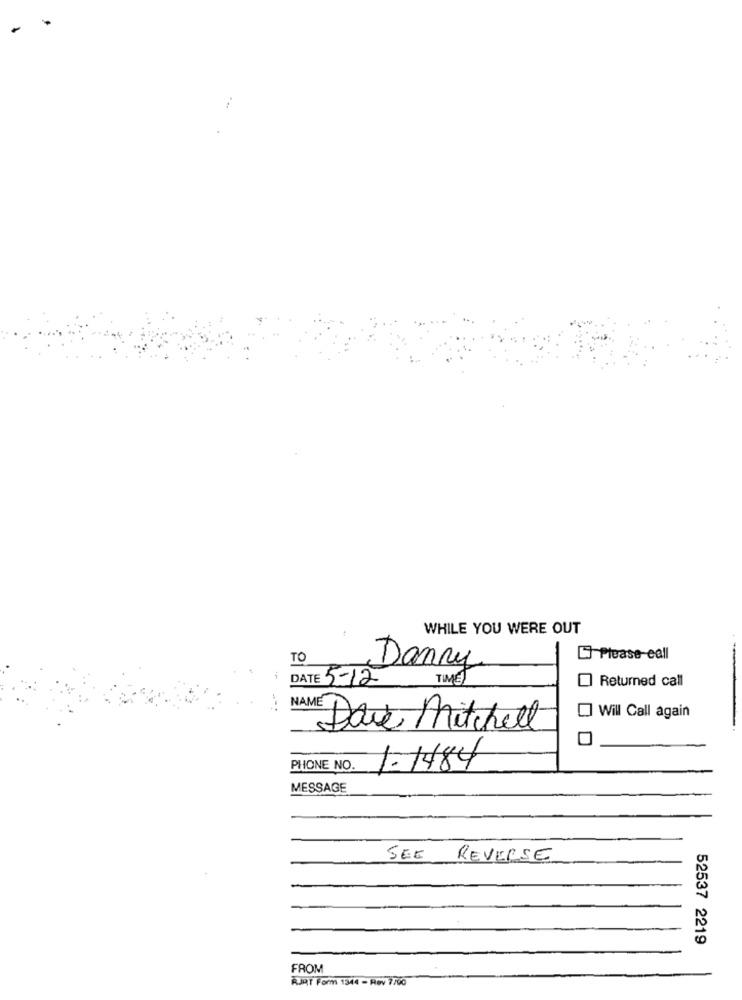
WHILE YOU WERE OUT
TO
Please call
Danny
DATE 5-12
TIME)
Returned call
-=
NAI
Will Call again
Dave Mitchell
PHONE NO.
1.1484
MESSAGE
SEE REVERSE
52537 2219
FROM
RJRT Form 1344 - Rev 7/90